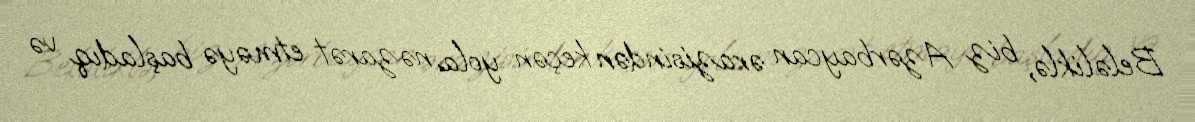
Beləliklə, biz Azərbaycan ərazisindən keçən yola nəzarət etməyə başladıq və